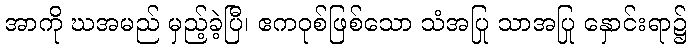
အာကို ဃအမည် မှည့်ခဲ့ပြီ၊ ဧကဝုစ်ဖြစ်သော သံအပြု သာအပြု နှောင်းရာ၌